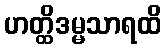
ဟတ္ထိဒမ္မသာရထိ